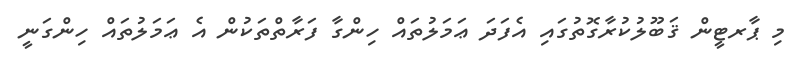
މި ޕާރޓީން ޤަބޫލުކުރާގޮތުގައި އެފަދަ ޢަމަލުތައް ހިންގާ ފަރާތްތަކުން އެ ޢަމަލުތައް ހިންގަނީ